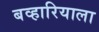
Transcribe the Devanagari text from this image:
बव्हारियाला